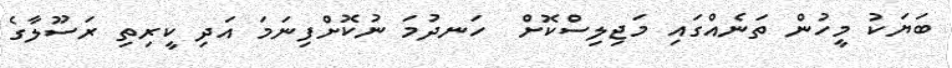
ބަޔަކު މީހުން ތަނެއްގައި މަޖިލިސްކޮށް  ހަނދުމަ ނުކޮށްފިނަމަ އަދި ކީރިތި ރަސޫލާގެ